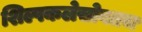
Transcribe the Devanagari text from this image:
शिल्पकलेसोबतच